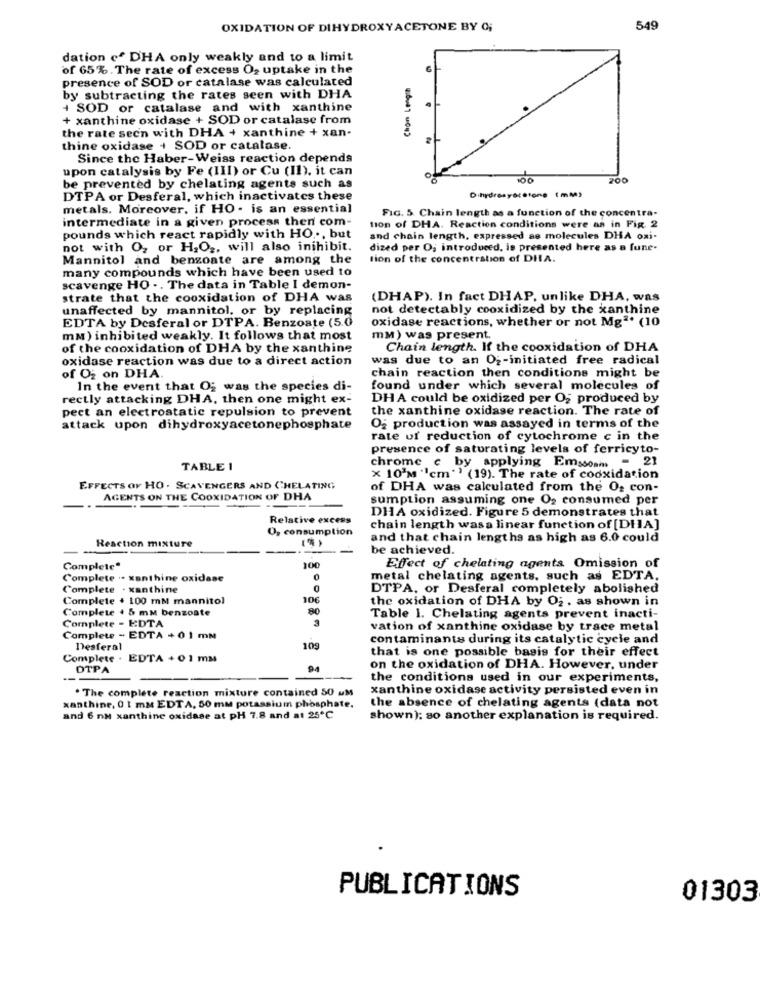
OXIDATION OF DIHYDROXYACETONE BY O;
549
dation cf DHA only weakly and to a limit
of 65%. The rate of excess O2 uptake in the
presence of SOD or catalase was calculated
Chon Length
by subtracting the rates seen with DHA
+ SOD or catalase and with xanthine
+ xanthine oxidase + SOD or catalase from
the rate seen with DHA + xanthine + xan-
thine oxidase + SOD or catalase.
Since the Haber-Weiss reaction depends
upon catalysis by Fe (III) or Cu (II). it can
100
200
be prevented by chelating agents such as
DTPA or Desferal, which inactivates these
metals. Moreover, if HO - is an essential
FIG. 5. Chain length as a function of the concentra-
intermediate in a given process then com-
tion of DHA. Reaction conditions were as in Fig. 2
pounds which react rapidly with HO .., but
and chain length, expressed as molecules DHA oxi-
not with O, or H2O2, will also inihibit.
dized per O; introduced, is presented here as a fune-
Mannitol and benzoate are among the
tion of the concentration of DHA.
many compounds which have been used to
scavenge HO .. The data in Table I demon-
strate that the cooxidation of DHA was
(DHAP). In fact DHAP. unlike DHA, was
unaffected by mannitol, or by replacing
not detectably cooxidized by the xanthine
oxidase reactions, whether or not Mg" (10
EDTA by Desferal or DTPA. Benzoate (5.0
mm) inhibited weakly. It follows that most
mm) was present.
of the cooxidation of DHA by the xanthine
Chain length. If the cooxidation of DHA
oxidase reaction was due to a direct action
was due to an Og-initiated free radical
chain reaction then conditions might be
of Og on DHA.
In the event that Og was the species di-
found under which several molecules of
rectly attacking DHA, then one might ex-
DHA could be oxidized per O; produced by
pect an electrostatic repulsion to prevent
the xanthine oxidase reaction. The rate of
attack upon dihydroxyacetonephosphate
Og production was assayed in terms of the
rate of reduction of cytochrome c in the
presence of saturating levels of ferricyto-
chrome c by applying Emssom - 21
TABLE 1
x 10'm '1cm" (19). The rate of cooxidation
EFFECTS OF HO . SCAVENGERS AND CHELATING
of DHA was calculated from the Os con-
AGENTS ON THE COOXIDATION OF DHA
sumption assuming one O2 consumed per
DHA oxidized. Figure 5 demonstrates that
Relative excess
O, consumption
chain length wasa linear function of [DI]A]
Reaction mixture
(*)
and that chain lengths as high as 6.0 could
be achieved.
Complete"
100
Effect of chelating agents Omission of
Complete .. xanthine oxidase
0
metal chelating agents, such as EDTA.
Complete . xanthine
DTPA, or Desferal completely abolished
Complete + 100 ml mannitol
106
the oxidation of DHA by O2 . as shown in
Complete + 5 mm benzoate
80
Complete - EDTA
3
Table 1. Chelating agents prevent inacti-
vation of xanthine oxidase by trace metal
Complete - EDTA +01 mm
contaminants during its catalytic cycle and
Desferal
109
that is one possible basis for their effect
Complete . EDTA +01 mm
DTPA
on the oxidation of DHA. However, under
the conditions used in our experiments,
. The complete reaction mixture contained 50 uM
xanthine oxidase activity persisted even in
xanthine, 0 1 mm EDTA, 50 mm potassium phosphate.
the absence of chelating agents (data not
and 6 nM xanthine oxidase at pH 7.8 and at 25℃
shown): so another explanation is required.
PUBLICATIONS
01303